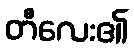
တီလေး၏